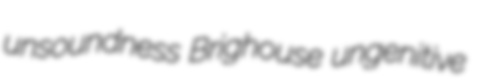
unsoundness Brighouse ungenitive